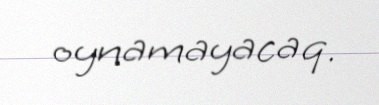
oynamayacaq.